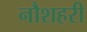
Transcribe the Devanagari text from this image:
नौशहरी